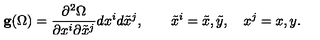
{ \bf g } ( \Omega ) = { \frac { \partial ^ { 2 } \Omega } { \partial x ^ { i } \partial { \tilde { x } ^ { j } } } } d x ^ { i } d { \tilde { x } } ^ { j } , \quad \quad { \tilde { x } } ^ { i } = { \tilde { x } } , { \tilde { y } } , \quad x ^ { j } = x , y .